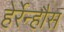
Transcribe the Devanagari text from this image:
हेर्रेन्हौस